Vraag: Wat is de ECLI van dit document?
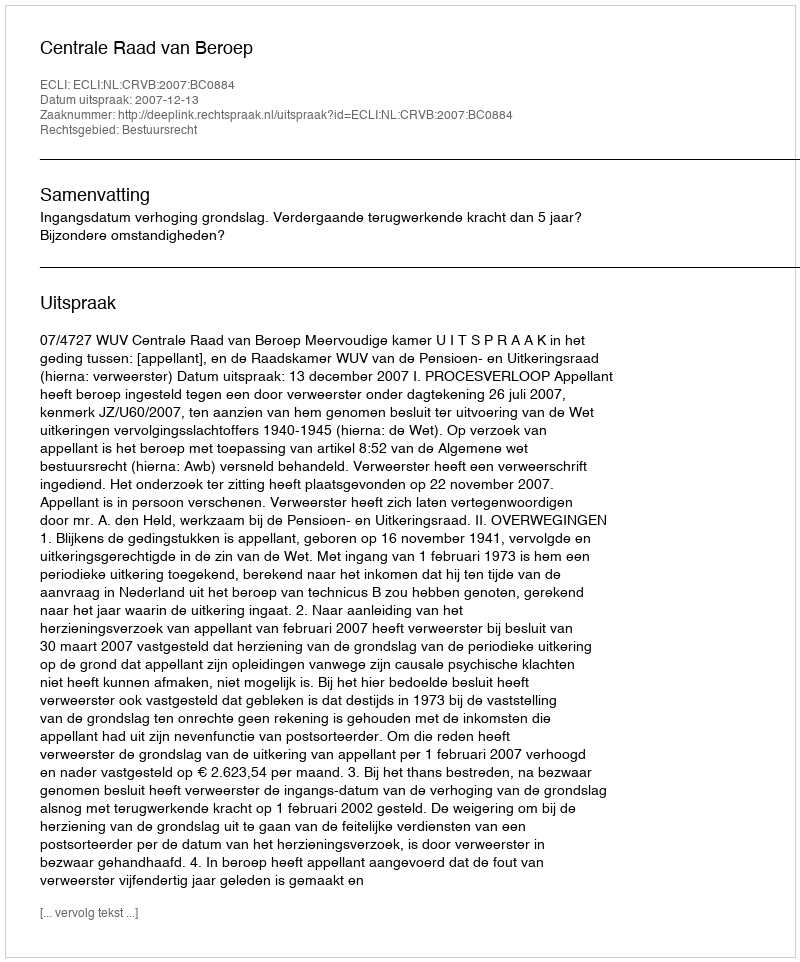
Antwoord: ECLI:NL:CRVB:2007:BC0884